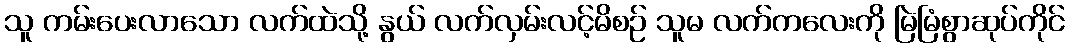
သူ ကမ်းပေးလာသော လက်ထဲသို့ နွယ် လက်လှမ်းလင့်မိစဉ် သူမ လက်ကလေးကို မြဲမြံစွာဆုပ်ကိုင်